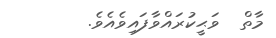
މާތް  ވަޙީކުރައްވާފައިވެއެވެ.